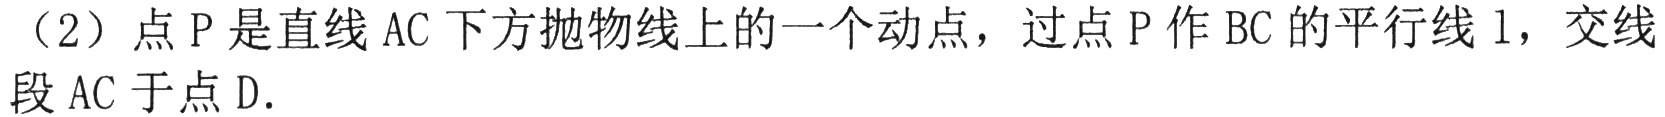
（2）点P是直线AC下方抛物线上的一个动点，过点P作BC的平行线l，交线段AC于点D.